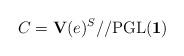
LaTeX: \begin{align*} C=\mathbf{V}(e)^{S}//\mathrm{PGL(\mathbf{1})} \end{align*}